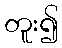
တူး၍